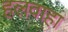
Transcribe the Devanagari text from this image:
हलवाहा